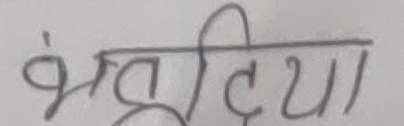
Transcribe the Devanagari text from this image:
भक्तदिया